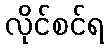
လိုင်စင်ရ